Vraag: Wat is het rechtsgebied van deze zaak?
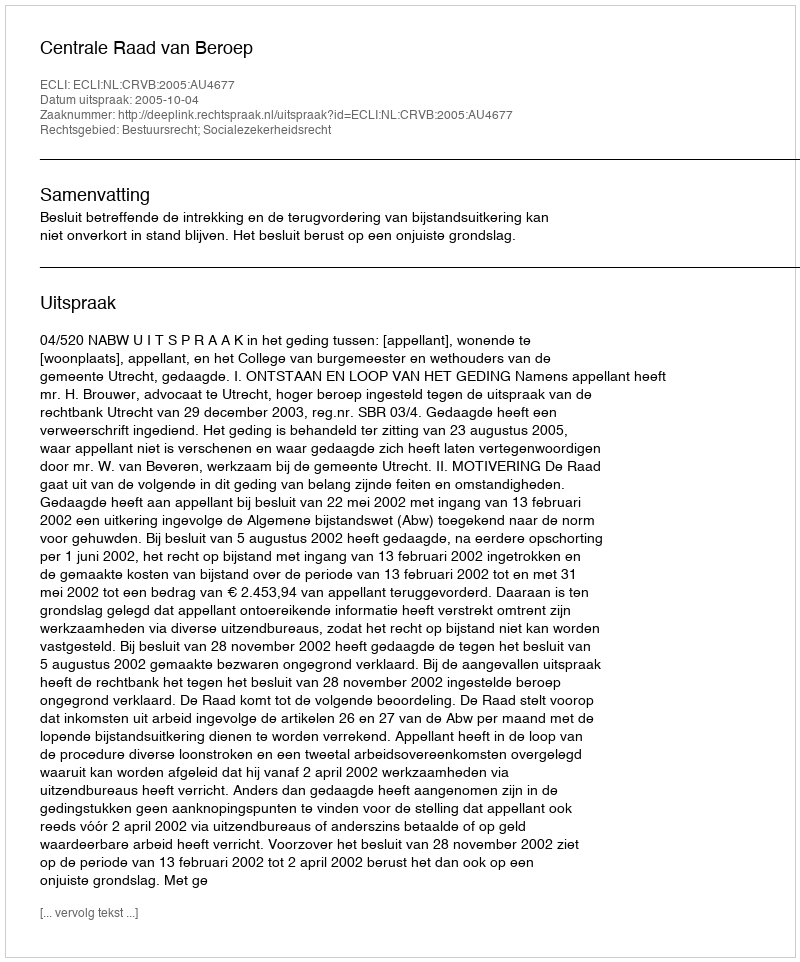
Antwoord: Bestuursrecht; Socialezekerheidsrecht